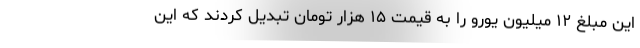
این مبلغ ۱۲ میلیون یورو را به قیمت ۱۵ هزار تومان تبدیل کردند که این